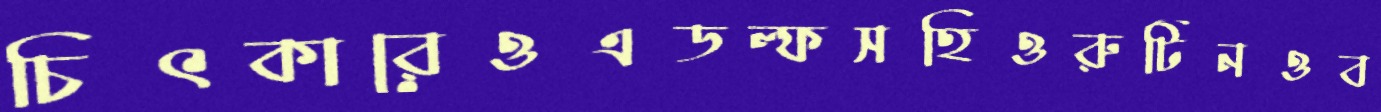
চিৎকারেওএডল্ফসহিওরুটিনওব